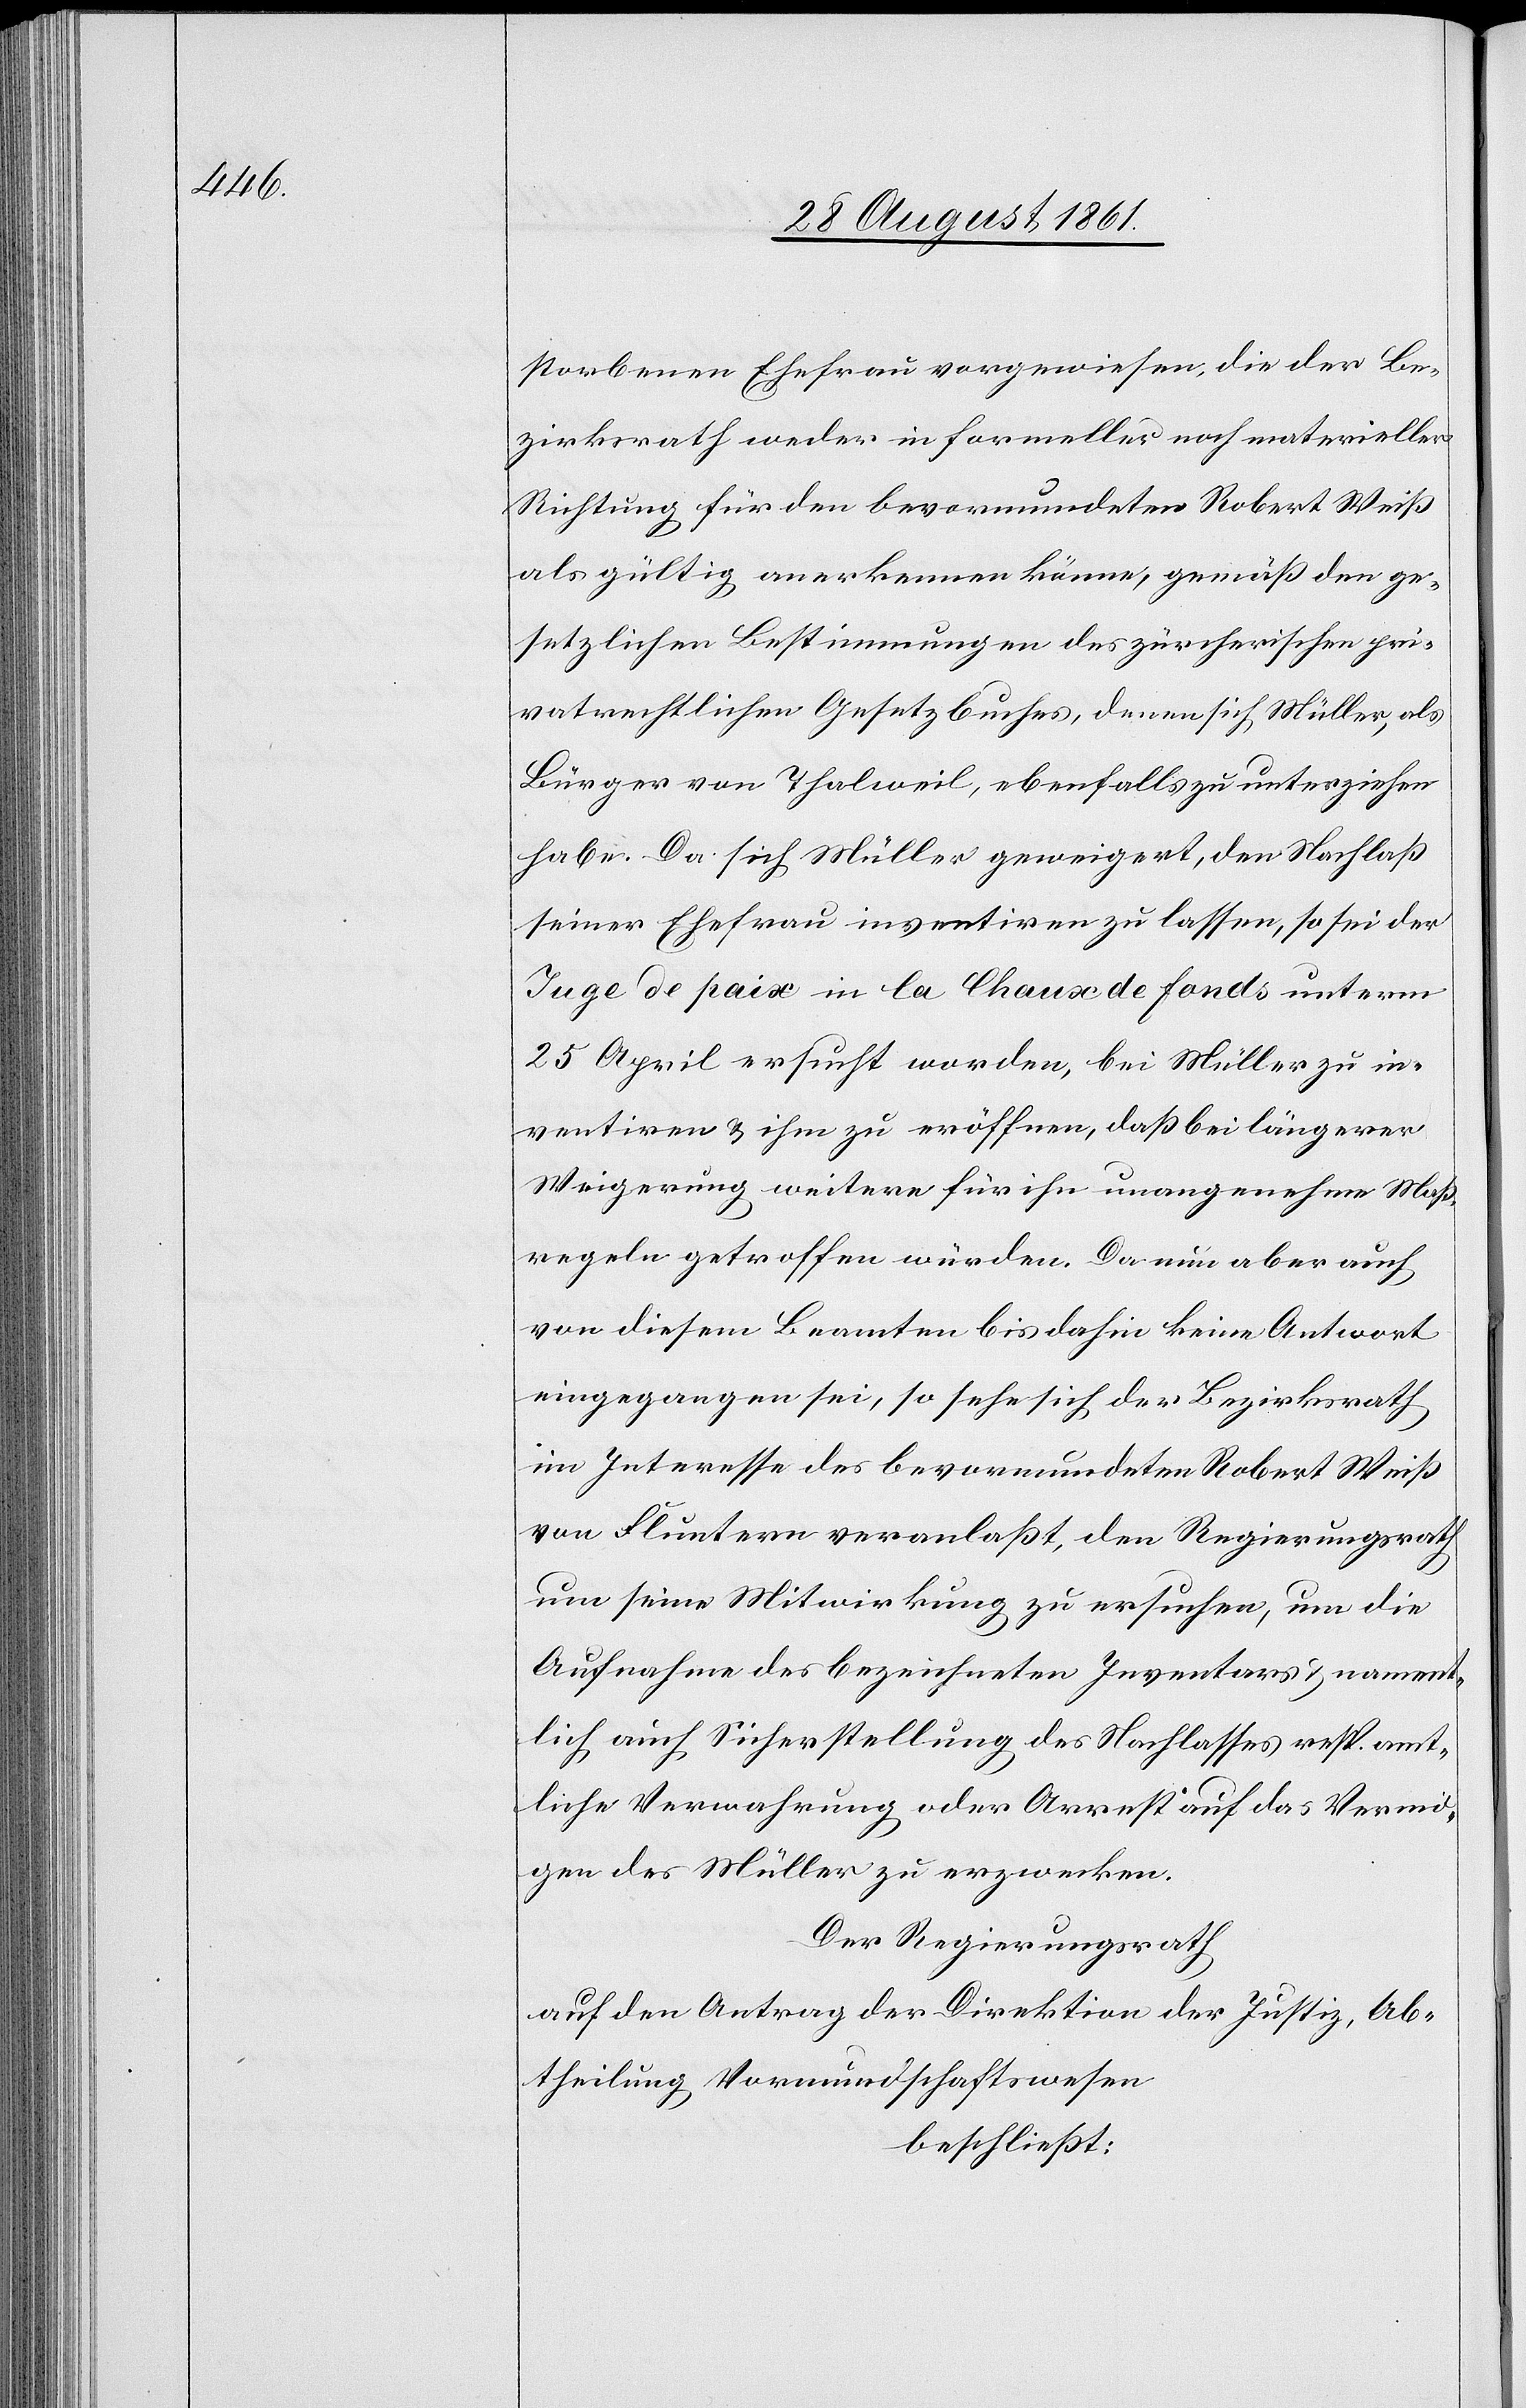
storbenen Ehefrau vorgewiesen, die der Be¬
zirksrath weder in formeller noch materieller
Richtung für den bevormundeten Robert Weiß
als gültig anerkennen könne, gemäß den ge¬
setzlichen Bestimmungen des zürcherischen pri¬
vatrechtlichen Gesetzbuches, denen sich Müller, als
Bürger von Thalweil, ebenfalls zu unterziehen
habe. Da sich Müller geweigert, den Nachlaß
seiner Ehefrau inventiren zu lassen, so sei der
Juge de paix in la Chaux de Fonds unterm
25 April ersucht worden, bei Müller zu in¬
ventiren u. ihm zu eröffnen, daß bei längerer
Weigerung weitere für ihn unangenehme Maß¬
regeln getroffen würden. Da nun aber auch
von diesem Beamten bis dahin keine Antwort
eingegangen sei, so sehe sich der Bezirksrath
im Interesse des bevormundeten Robert Weiß
von Fluntern veranlaßt, den Regierungsrath
um seine Mitwirkung zu ersuchen, um die
Aufnahme des bezeichneten Inventars u. nament¬
lich auch Sicherstellung des Nachlasses resp. amt¬
liche Verwahrung oder Arrest auf das Vermö¬
gen des Müller zu erzwecken.
Der Regierungsrath
auf den Antrag der Direktion der Justiz, Ab¬
theilung Vormundschaftswesen
beschließt: